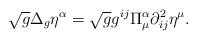
LaTeX: \begin{align*} \sqrt{g} \Delta_{g}\eta^{\alpha} = \sqrt{g} g^{ij} \Pi_{\mu}^{\alpha}\partial_{ij}^2\eta^{\mu} . \end{align*}